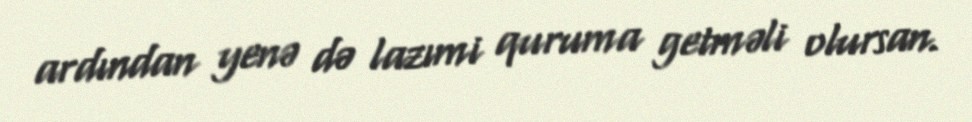
ardından yenə də lazımi quruma getməli olursan.